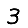
Digit: 3